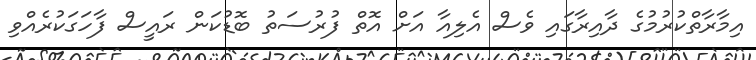
އިމާރާތްކުރުމުގެ ދާއިރާގައި ވެސް އެލިއާ އަށް އޮތް ފުރުސަތު ބޮޑުކަން ރައީސް ފާހަގަކުރެއްވި